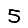
Digit: 5